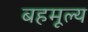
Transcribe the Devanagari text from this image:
बहमूल्य